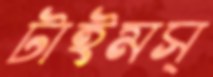
টাইমস্